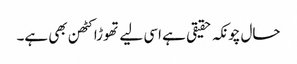
حال چونکہ حقیقی ہے اسی لیے تھوڑا کٹھن بھی ہے۔